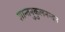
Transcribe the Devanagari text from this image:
शान्तनुकुलनन्दन